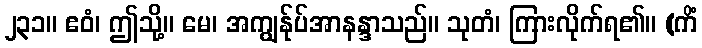
၂၃၁။ ဧဝံ၊ ဤသို့။ မေ၊ အကျွန်ုပ်အာနန္ဒာသည်။ သုတံ၊ ကြားလိုက်ရ၏။ (ကိံ